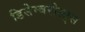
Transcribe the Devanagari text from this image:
डिसेम्बरीस्ट्स